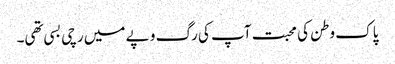
پاک وطن کی محبت آپ کی رگ و پے میں رچی بسی تھی۔